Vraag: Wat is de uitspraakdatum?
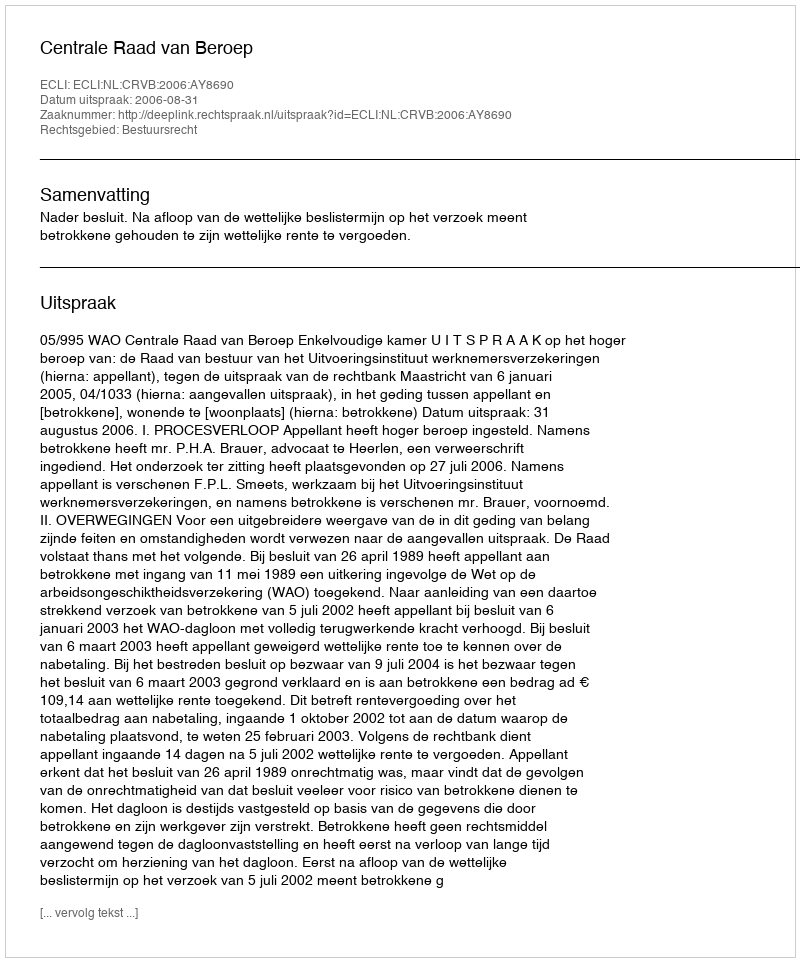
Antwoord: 2006-08-31